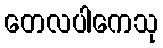
တေလပါကေသု